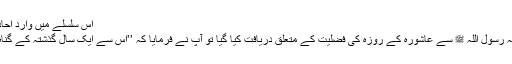
اس سلسلے میں وارد احادیث ملاحظہ فرمائیں:
ابوقتادہؓ فرماتے ہیں کہ رسول اللہ ﷺ سے عاشورہ کے روزہ کی فضلیت کے متعلق دریافت کیا گیا تو آپ نے فرمایا کہ ’’اس سے ایک سال گذشتہ کے گناہ معاف ہوجاتے ہیں‘‘۔